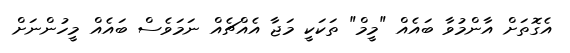
އެގޮތަށް އާންމުވާ ބައެއް "މީމް" ތަކަކީ މަޖާ އެއްޗެއް ނަމަވެސް ބައެއް މީހުންނަށް